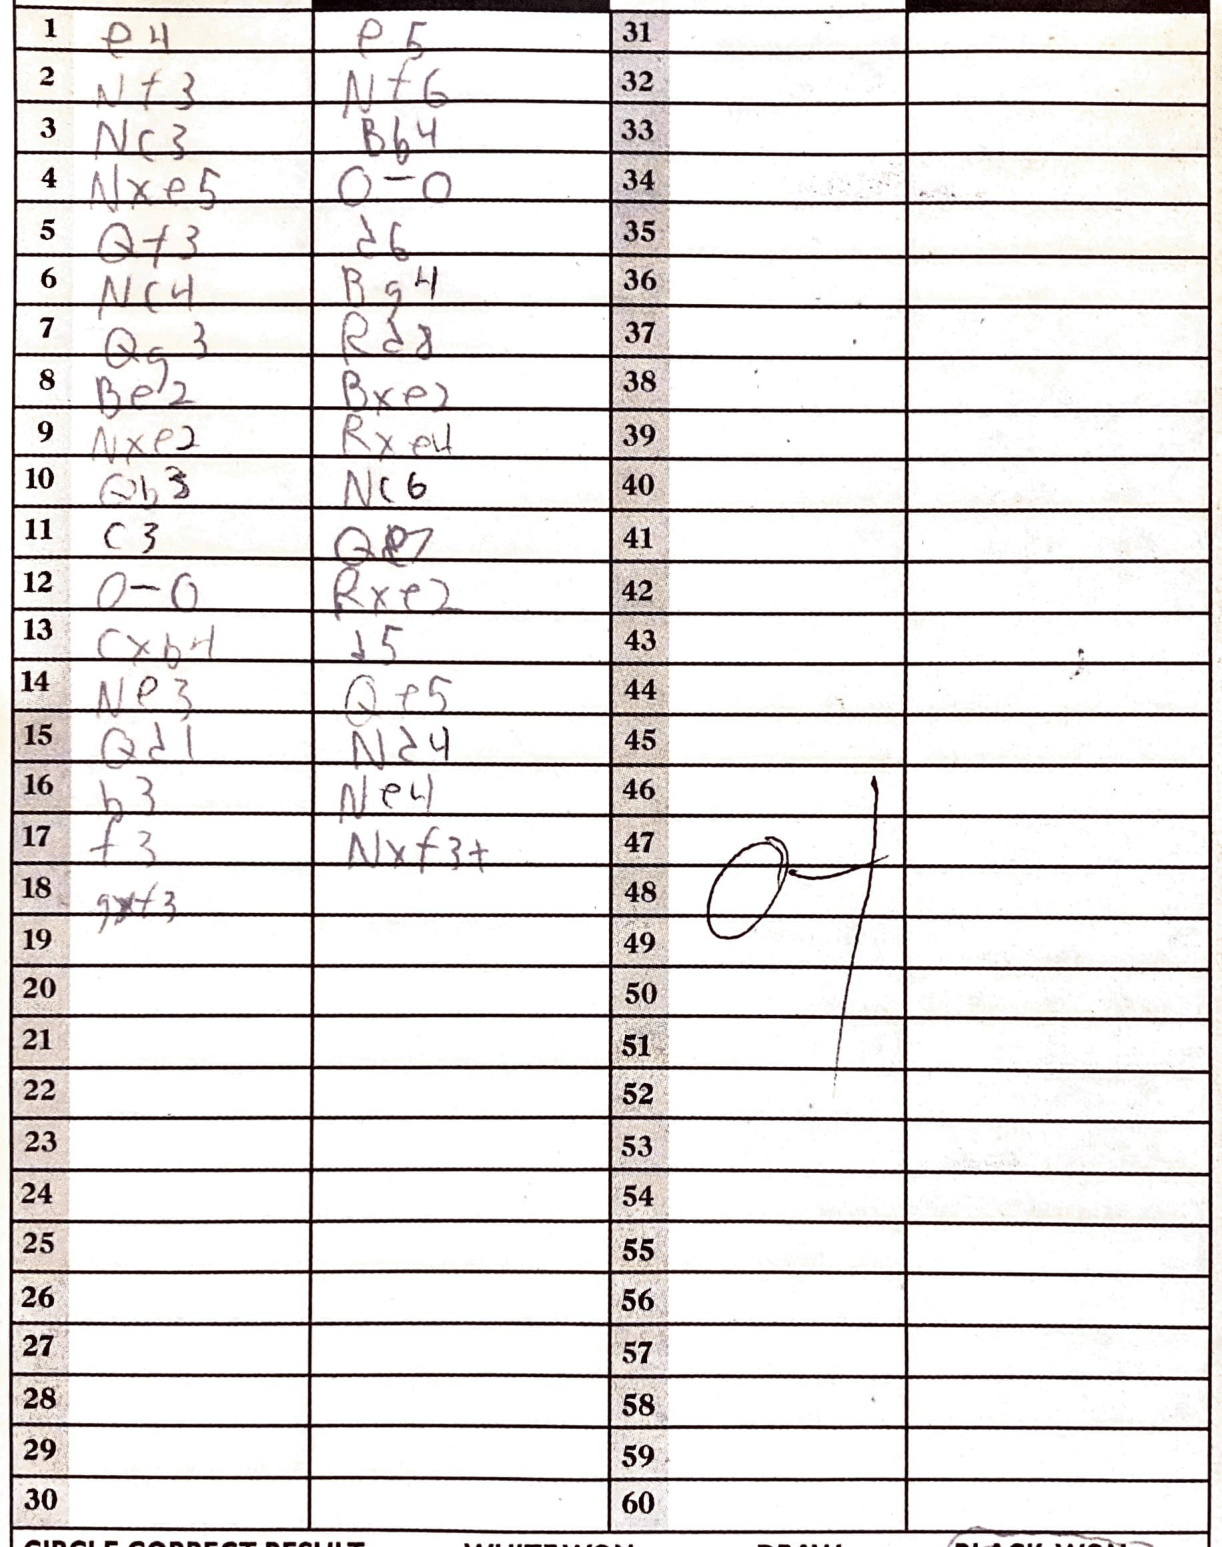
Moves: e4 e5 Nf3 Nf6 Nc3 Bb4 Nxe5 O-O Qf3 d6 Nc4 Bg4 Qg3 Rd8 Be2 Bxe2 Nxe2 Rxe4 Qb3 Nc6 c3 Qe7 O-O Rxe2 cxb4 d5 Ne3 Qe5 Qd1 Nd4 b3 Ne4 f3 Nxf3+ gxf3